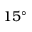
1 5 ^ { \circ } { }